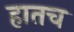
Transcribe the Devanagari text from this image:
हातच